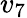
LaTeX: v_{7}